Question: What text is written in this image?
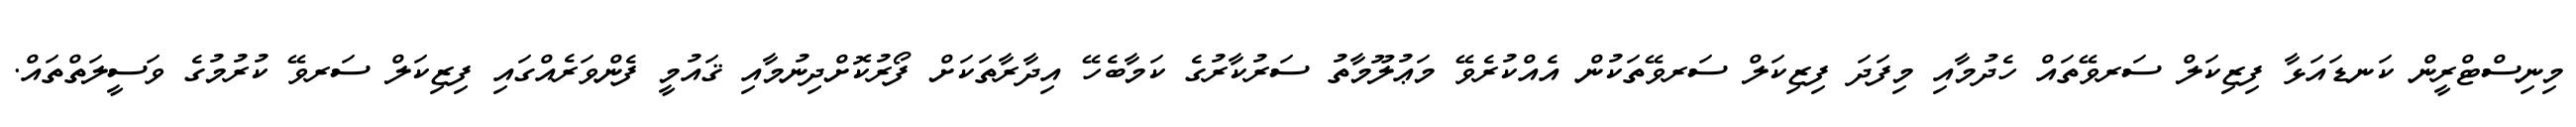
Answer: މިނިސްޓްރީން ކަނޑައަޅާ ފިޒިކަލް ސަރވޭތައް ހެދުމާއި މިފަދަ ފިޒިކަލް ސަރވޭތަކުން އެއްކުރެވޭ މަޢުލޫމާތު ސަރުކާރުގެ ކަމާބެހޭ އިދާރާތަކަށް ފޯރުކޮށްދިނުމާއި ޤައުމީ ފެންވަރެއްގައި ފިޒިކަލް ސަރވޭ ކުރުމުގެ ވަސީލަތްތައް.